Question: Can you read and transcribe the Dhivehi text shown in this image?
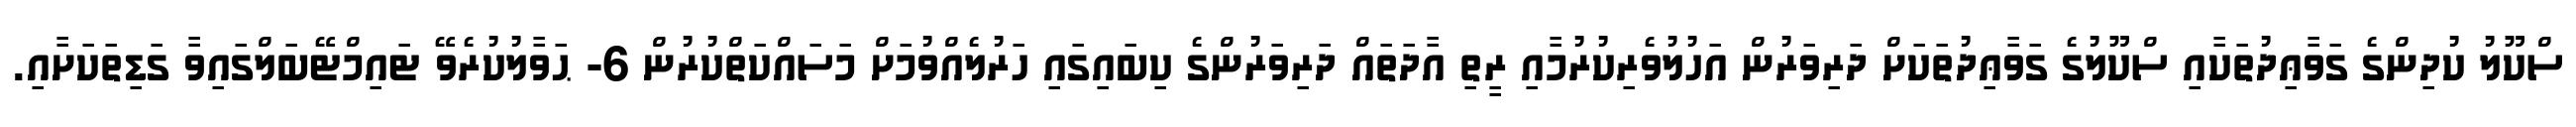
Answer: ސްކޫލު ކުދިންގެ ގަވާޢިދުތަކާއި ސްކޫލުގެ ގަވާޢިދުތަކަށް ދަރިވަރުން އަހުލުވެރިކުރުމާއި ރީތި އާދަތައް ދަރިވަރުންގެ ކިބައިގައި ހަރުލެއްވުމަށް މަސައްކަތްކުރުން 6- ޙަވާލުކުރެވޭ ޓައިމްޓޭބަލްގައިވާ ގަޑިތަކަށާއި.